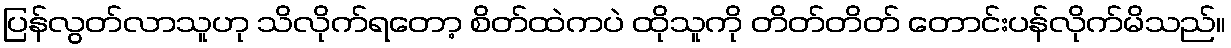
ပြန်လွတ်လာသူဟု သိလိုက်ရတော့ စိတ်ထဲကပဲ ထိုသူကို တိတ်တိတ် တောင်းပန်လိုက်မိသည်။